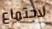
لاجتماع